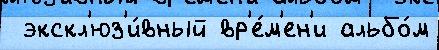
 экскл'юз'и́вный вр'е́м'ен'и альбо́м